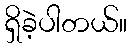
ရှိခဲ့ပါတယ်။